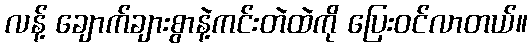
လန့် ချောက်ချားစွာနဲ့ကင်းတဲထဲကို ပြေးဝင်လာတယ်။